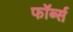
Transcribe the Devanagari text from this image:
फॉर्ब्स